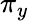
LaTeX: \pi_{y}